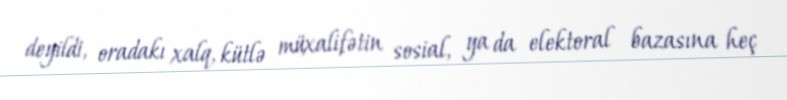
deyildi, oradakı xalq, kütlə müxalifətin sosial, ya da elektoral bazasına heç